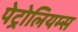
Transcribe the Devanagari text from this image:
पेट्रोलियम्स